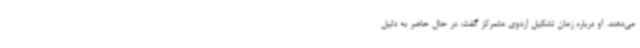
می‌دهند. او درباره زمان تشکیل اردوی متمرکز گفت: در حال حاضر به دلیل